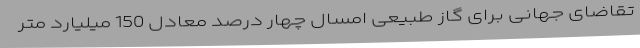
تقاضای جهانی برای گاز طبیعی امسال چهار درصد معادل 150 میلیارد متر